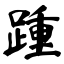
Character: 踵